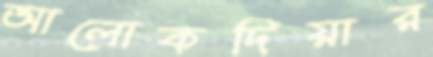
আলোকদিয়ার